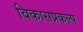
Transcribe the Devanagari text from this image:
विकासप्रकल्प